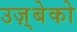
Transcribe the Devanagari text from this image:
उज़्बेको